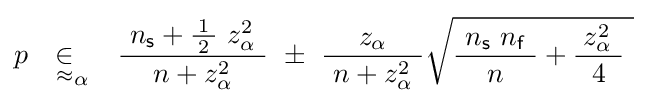
p\quad {\underset {\approx }{\in }}_{\alpha }\quad {\frac {\ n_{\mathsf {s}}+{\tfrac {\!\ 1\!\ }{2}}\ z_{\alpha }^{2}\ }{n+z_{\alpha }^{2}}}~\pm ~{\frac {z_{\alpha }}{\ n+z_{\alpha }^{2}\ }}{\sqrt {{\frac {\ n_{\mathsf {s}}\ n_{\mathsf {f}}\ }{n}}+{\frac {\;z_{\alpha }^{2}\ }{4}}~}}\